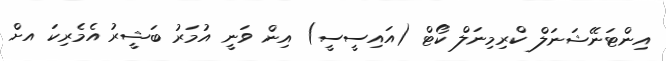
އިންޓަނޭޝަނަލް ކްރިމިނަލް ކޯޓް (އައިސީސީ) އިން ވަނީ އުމަރު ބަޝީރު އެމެރިކަ އށް